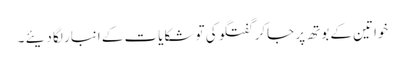
خواتین کے بوتھ پر جاکر گفتگو کی تو شکایات کے انبار لگا دیئے ۔